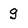
Character: g